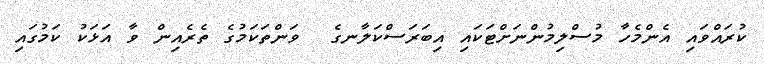
ކުރައްވައި އެންމެހާ މުސްލިމުންނަށްޓަކައި އިބަރަސްކަލާނގެ  ވަންތަކަމުގެ ތެރެއިން ވާ އަޅަކު ކަމުގައި